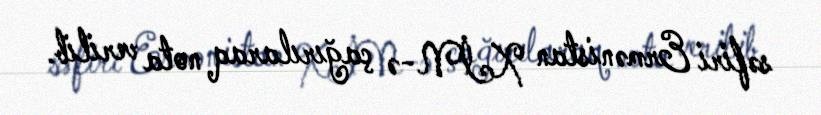
səfiri Ermənistan XİN-ə çağırılaraq nota verilib.